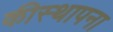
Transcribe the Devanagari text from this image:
कीस्थापना